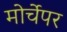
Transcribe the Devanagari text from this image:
मोर्चेपर